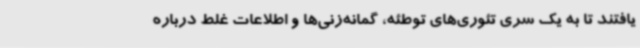
یافتند تا به یک سری تئوری‌های توطئه، گمانه‌زنی‌ها و اطلاعات غلط درباره